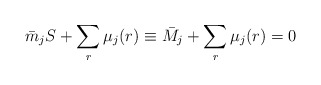
\begin{align*}\bar{ m}_j S + \sum_r \mu_j ( r ) \equiv \bar{M}_j + \sum_r \mu_j ( r ) = 0\end{align*}